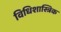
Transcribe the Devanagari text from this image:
विधिशास्त्रिक